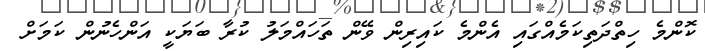
ކޮންމެ ހިތްދަތިކަމެއްގައި އެންމެ ކައިރިން ވޭން ތަހައްމަލު ކުރާ ބަޔަކީ އަންހެނުން ކަމަށް